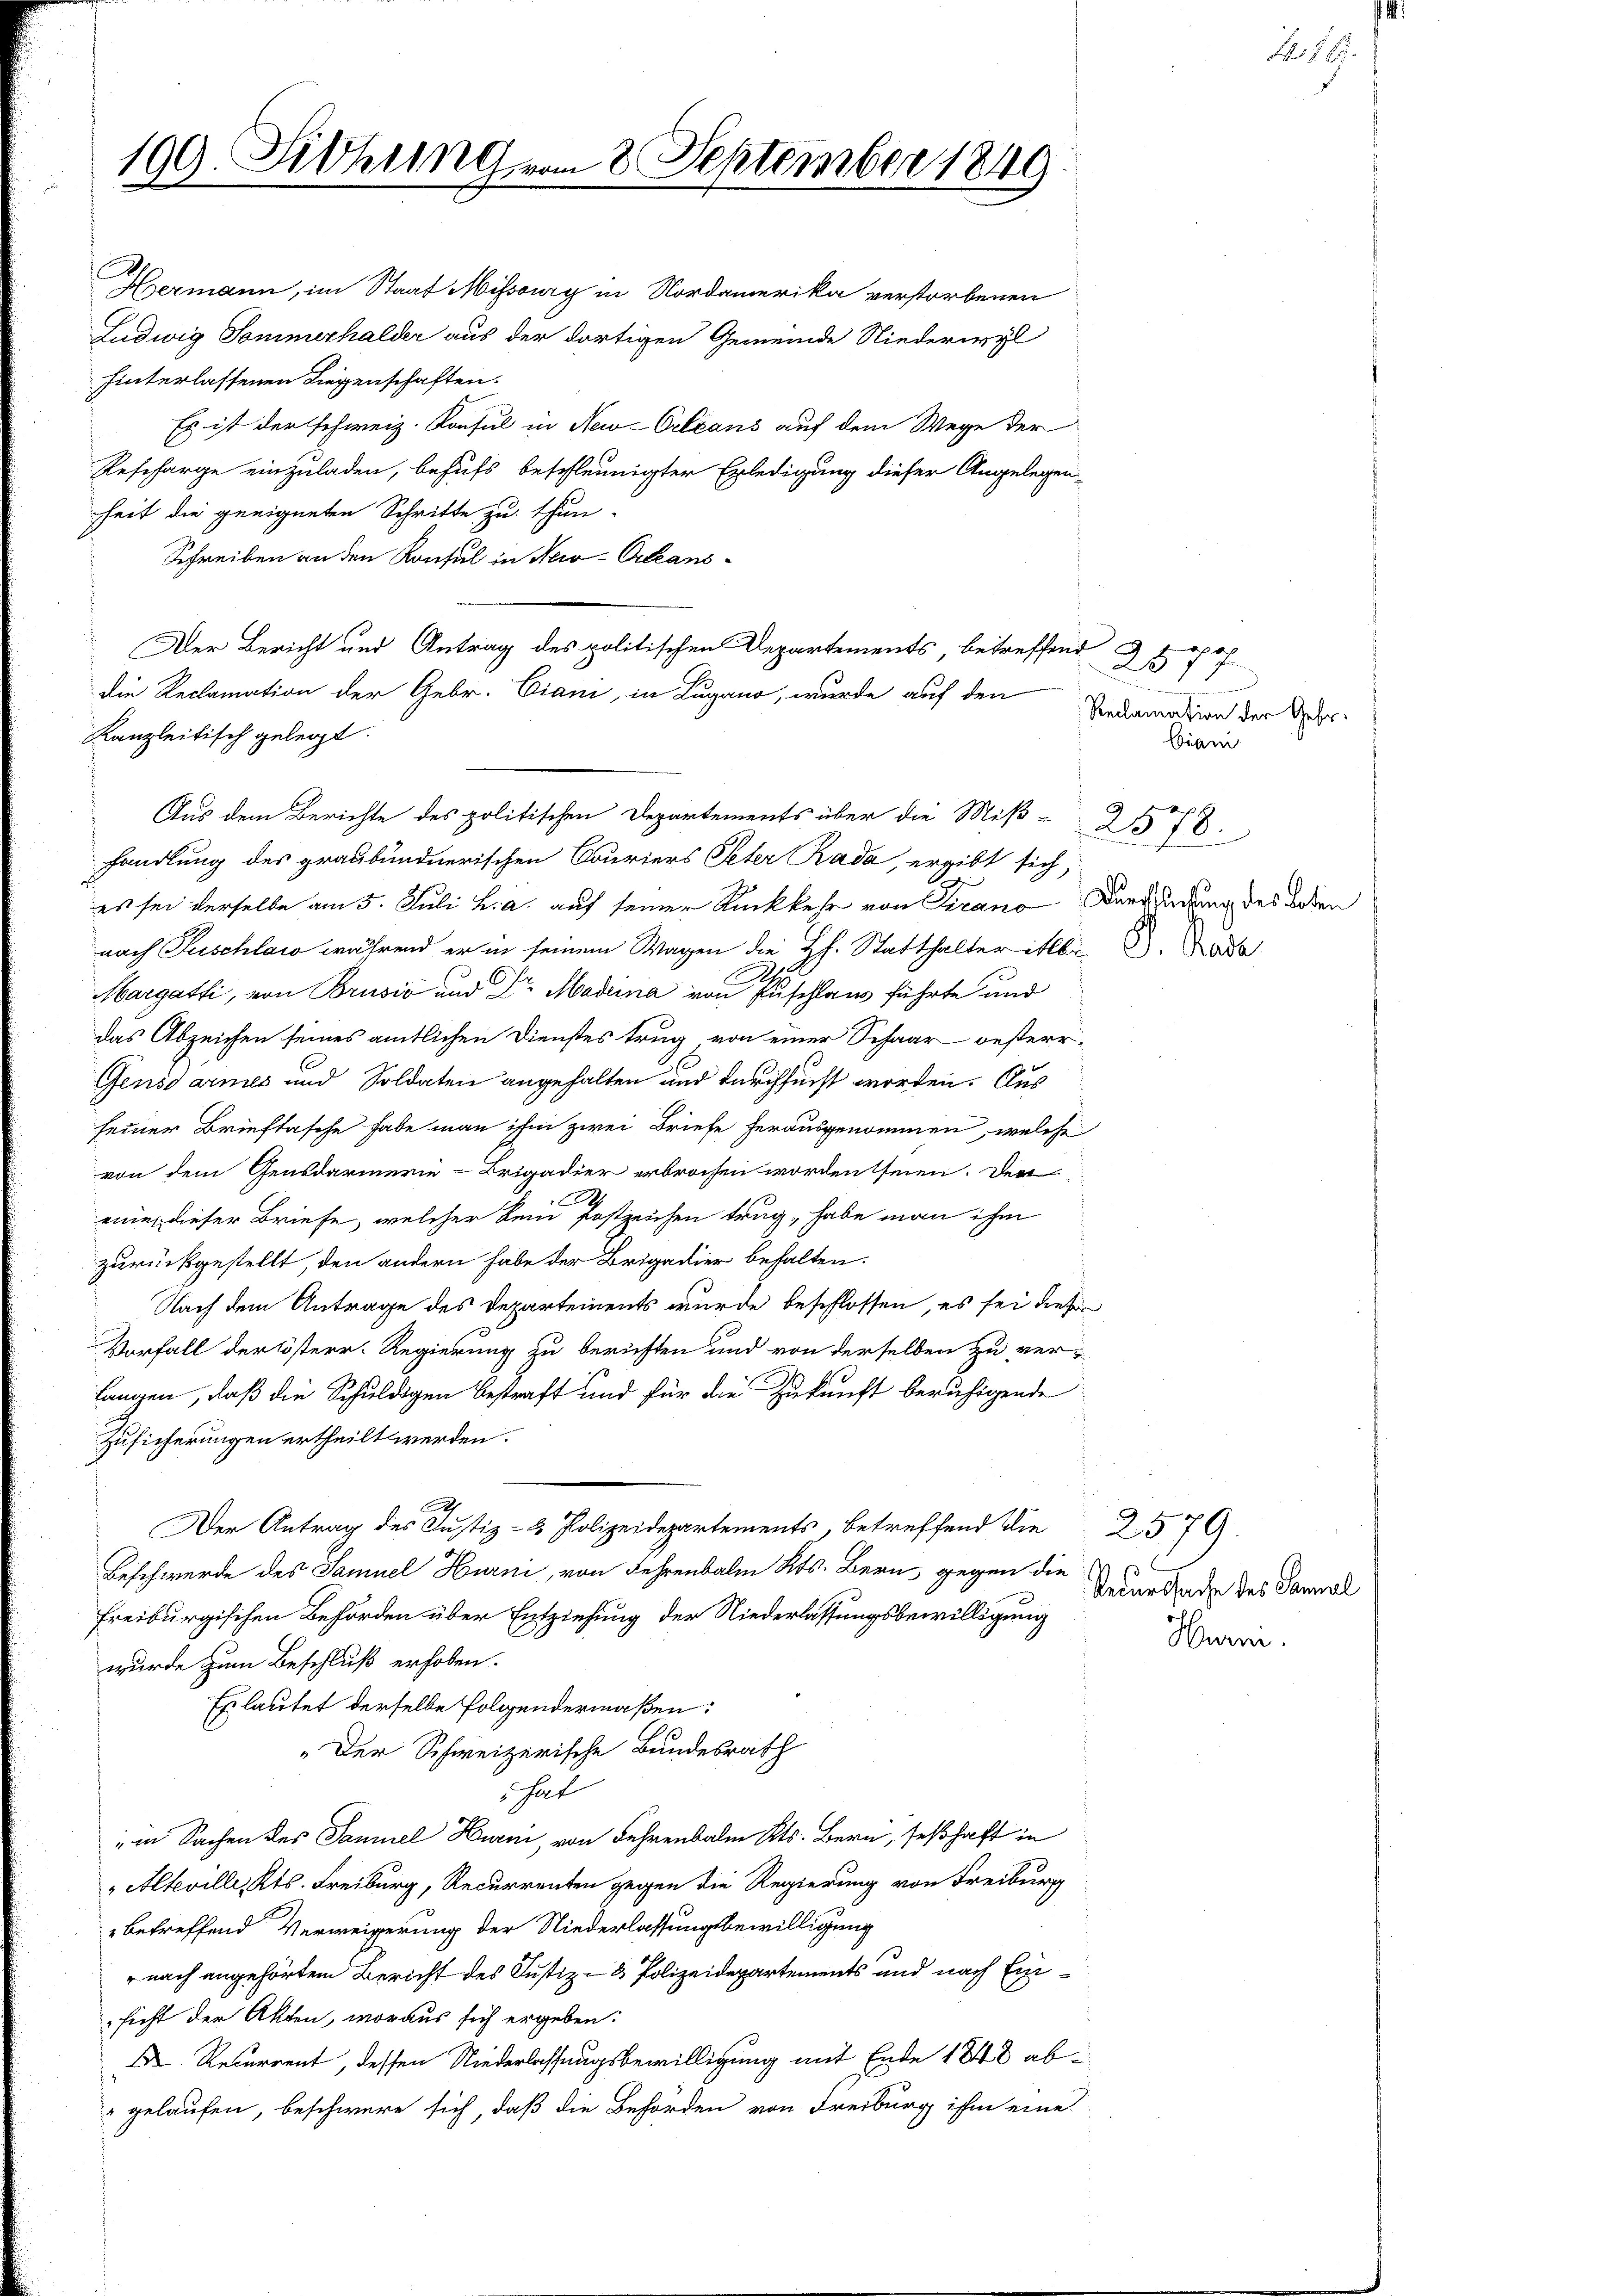
199. Fiehung vom 2. September 1849

Hermann, im Staat Missoury in Nordamerika verstorbenen
Ludwig Sommerhalder aus der dortigen Gemeinde Niederwyl
hinterlassenen Liegenschaften.
Es ist der schweiz. Konsul in New-Orleans auf dem Wege der
Bescharge einzuladen, behufs beschleunigter Erledigung dieser Angelegen-
heit die geeigneten Schritte zu thun.
Schreiben an den Konsul in New-Orleans¬
Der Bericht und Antrag des politischen Departements, betreffend
die Reclamation der Gebr. Ciani, in Lugano, wurde auf den
Kanzleitisch gelegt.
handlung des graubündnerischen Couriers Peter Rada, ergibt sich,
es sei derselbe am 5. Juli v. a. auf seiner Rückkehr von Tirano Dersendung des Boden
nach Puschlaw während er in seinem Wagen die HH. Statthalter itbr
Hargatti, von Brusić und Dr. Madrina von Puschlaus führte und
das Abzeichen seines amtlichen Dienstes trug von einer Schaar besterr¬
Gensdarmes und Soldaten angehalten und durchsucht worden. Aus
leiner Brieftasche habe man ihm zwei Briefe herausgenommen, welche
von dem Gensdarmerie-Brigadier erbrochen worden seien. Der
A
eine dieser Briefe, welcher kein festzeichen trug, habe man ihm
zurückgestellt, den andern habe der Brigadier behalten.
Nach dem Antrage des Departements wurde beschlossen, es sei dieser
Vorfall der lösterr. Regierung zu berichten und von derselben zu verlangen, daß die Schuldigen bestraft und für die Zukunft beruhigende
Zusicherungen ertheilt werden.
A
Der Antrag des Justiz- & Polizeidepartements, betreffend die 2. 579.
Beschwerde des Samuel Hurni, von Lehrenbalm Kts. Bern, gegen die
Freiburgischen Behörden über Entziehung der Niederlassungsbewilligung
wurde zum Beschluß erhoben.
Es lautet derselbe folgendermaßen:
„Der Schweizerische Bundesrath
Schat
" in Sachen des Samuel Hurni, von Fehrenbalm Kts. Bern, seßhaft in
"Alteville, Kts. Freiburg, Recurrenten gegen die Regierung von Freiburg
betreffend Verweigerung der Niederlassungsbewilligung
" nach angehörtem Bericht des Justiz- & Polizeidepartements und nach Einsicht der Akten, woraus sich ergeben:
 Recurrent, dessen Niederlassungsbewilligung mit Ende 1848 ab¬
 gelaufen, beschwere sich, daß die Behörden von Freiburg ihm eine

Aus dem Berichte des politischen Departements über die Miß-2578.

25 pe
E
Reclamation der Gebr.
Biani

G. Rade

1 6

Recurssache des Sanal
Hurm.